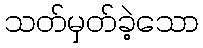
သတ်မှတ်ခဲ့သော